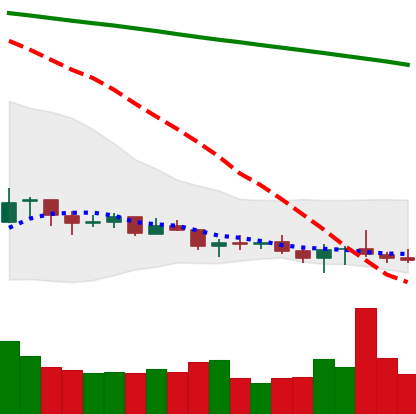
Ticker: XLM-USD
Chart end date: 2021-07-18
Forward return: 16.781%
Label: up_7plus